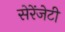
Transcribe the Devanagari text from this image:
सेरेंजेटी